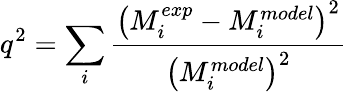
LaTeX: q^{2}=\sum_{i}{\frac{\left(M_{i}^{exp}-M_{i}^{model}\right)^{2}}{\left(M_{i}^{model}\right)^{2}}}